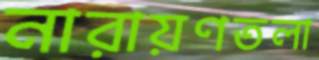
নারায়ণতলা